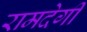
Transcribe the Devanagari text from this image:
रामदेगी